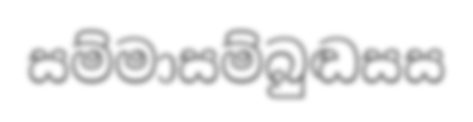
සම්මාසම්බුඬසස